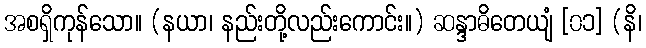
အစရှိကုန်သော။ (နယာ၊ နည်းတို့လည်းကောင်း။) ဆန္ဒာဓိတေယျံ [၀၁] (နိ၊